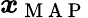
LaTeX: \boldsymbol{x}_{\mathrm{~M~A~P~}}